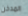
المدخن